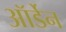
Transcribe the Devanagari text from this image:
ऑर्डेन